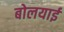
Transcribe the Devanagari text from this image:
बोलयाई